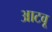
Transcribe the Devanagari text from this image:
आटवू